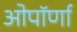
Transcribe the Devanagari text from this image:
ओपॉर्णा